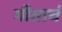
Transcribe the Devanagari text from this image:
गीताचं